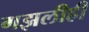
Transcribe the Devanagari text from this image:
गझलीही